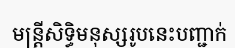
មន្ត្រីសិទ្ធិមនុស្សរូបនេះបញ្ជាក់